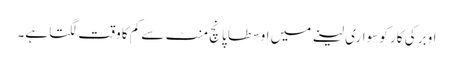
اوبر کی کار کو سواری لینے میں اوسطاً پانچ منٹ سے کم کا وقت لگتا ہے۔